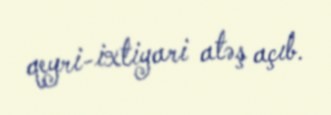
qeyri-ixtiyari atəş açıb.